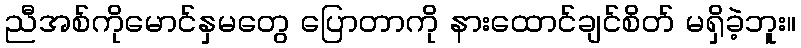
ညီအစ်ကိုမောင်နှမတွေ ပြောတာကို နားထောင်ချင်စိတ် မရှိခဲ့ဘူး။